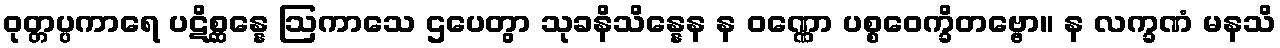
ဝုတ္တပ္ပကာရေ ပဋိစ္ဆန္နေ ဩကာသေ ဌပေတွာ သုခနိသိန္နေန န ဝဏ္ဏော ပစ္စဝေက္ခိတဗ္ဗော။ န လက္ခဏံ မနသိ